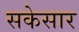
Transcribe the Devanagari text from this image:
सकेसार